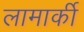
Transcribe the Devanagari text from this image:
लामार्की